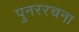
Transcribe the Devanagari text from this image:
पुनररचना